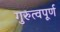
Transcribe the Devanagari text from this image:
गुरुत्वपूर्ण